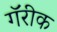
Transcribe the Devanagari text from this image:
गॅरीक